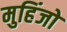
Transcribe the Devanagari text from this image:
मुहिंजो